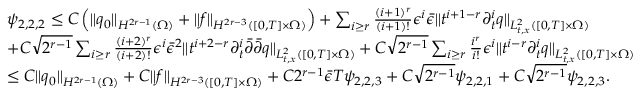
\begin{array} { r l } & { \psi _ { 2 , 2 , 2 } \le C \left( \| q _ { 0 } \| _ { H ^ { 2 r - 1 } ( \Omega ) } + \| f \| _ { H ^ { 2 r - 3 } ( [ 0 , T ] \times \Omega ) } \right) + \sum _ { i \ge r } \frac { ( i + 1 ) ^ { r } } { ( i + 1 ) ! } \epsilon ^ { i } \bar { \epsilon } \| t ^ { i + 1 - r } \partial _ { t } ^ { i } q \| _ { L _ { t , x } ^ { 2 } ( [ 0 , T ] \times \Omega ) } } \\ & { + C \sqrt { 2 ^ { r - 1 } } \sum _ { i \ge r } \frac { ( i + 2 ) ^ { r } } { ( i + 2 ) ! } \epsilon ^ { i } \bar { \epsilon } ^ { 2 } \| t ^ { i + 2 - r } \partial _ { t } ^ { i } \bar { \partial } \bar { \partial } q \| _ { L _ { t , x } ^ { 2 } ( [ 0 , T ] \times \Omega ) } + C \sqrt { 2 ^ { r - 1 } } \sum _ { i \ge r } \frac { i ^ { r } } { i ! } \epsilon ^ { i } \| t ^ { i - r } \partial _ { t } ^ { i } q \| _ { L _ { t , x } ^ { 2 } ( [ 0 , T ] \times \Omega ) } } \\ & { \le C \| q _ { 0 } \| _ { H ^ { 2 r - 1 } ( \Omega ) } + C \| f \| _ { H ^ { 2 r - 3 } ( [ 0 , T ] \times \Omega ) } + C 2 ^ { r - 1 } \bar { \epsilon } T \psi _ { 2 , 2 , 3 } + C \sqrt { 2 ^ { r - 1 } } \psi _ { 2 , 2 , 1 } + C \sqrt { 2 ^ { r - 1 } } \psi _ { 2 , 2 , 3 } . } \end{array}